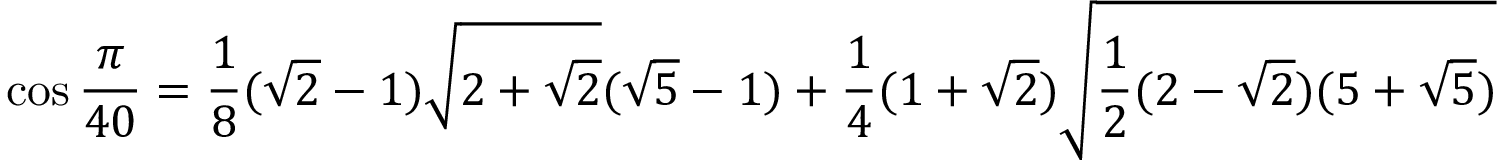
\cos { \frac { \pi } { 4 0 } } = { \frac { 1 } { 8 } } ( { \sqrt { 2 } } - 1 ) { \sqrt { 2 + { \sqrt { 2 } } } } ( { \sqrt { 5 } } - 1 ) + { \frac { 1 } { 4 } } ( 1 + { \sqrt { 2 } } ) { \sqrt { { \frac { 1 } { 2 } } ( 2 - { \sqrt { 2 } } ) ( 5 + { \sqrt { 5 } } ) } }